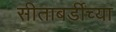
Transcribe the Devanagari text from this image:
सीताबर्डीच्या